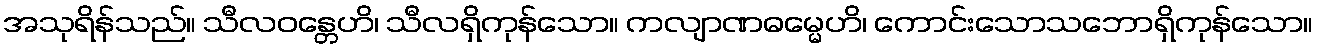
အသုရိန်သည်။ သီလဝန္တေဟိ၊ သီလရှိကုန်သော။ ကလျာဏဓမ္မေဟိ၊ ကောင်းသောသဘောရှိကုန်သော။